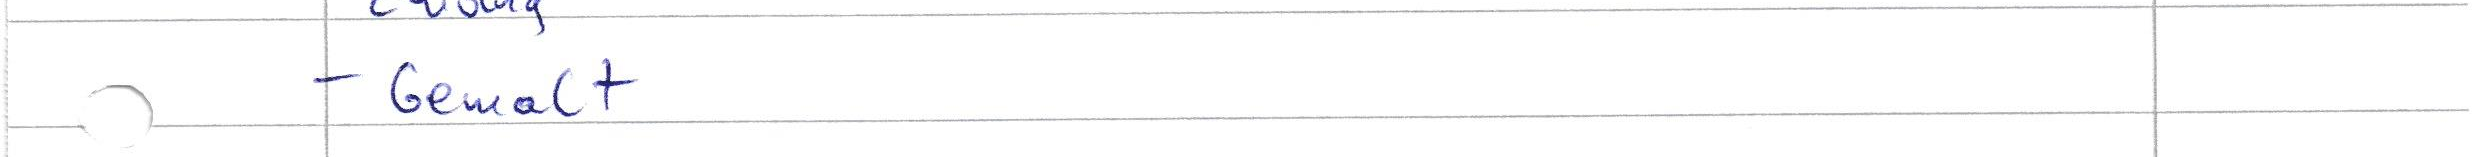
- Gewalt